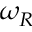
\omega _ { R }